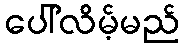
ပေါ်လိမ့်မည်